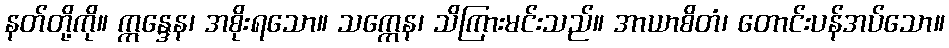
နတ်တို့ကို။ ဣန္ဒေန၊ အစိုးရသော။ သက္ကေန၊ သိကြားမင်းသည်။ အာယာစိတံ၊ တောင်းပန်အပ်သော။